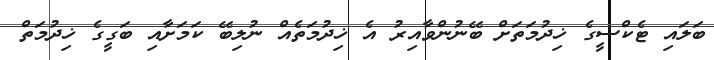
ބަލައި ޓެކްސީގެ ޚިދުމަތަށް ބޭނުންވާއިރު އެ ޚިދުމަތެއް ނުލިބޭ ކަމަށާއި ބަގީގެ ޚިދުމަތް